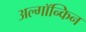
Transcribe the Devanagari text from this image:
अल्गॉन्किन